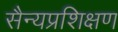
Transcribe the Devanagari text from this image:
सैन्यप्रशिक्षण